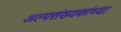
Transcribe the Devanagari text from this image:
अल्पसंख्यकांच्या